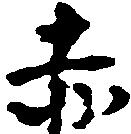
赤